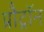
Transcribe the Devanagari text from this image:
प्रौट्रॉन